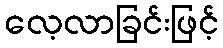
လေ့လာခြင်းဖြင့်